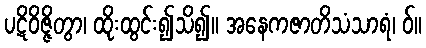
ပဋိဝိဇ္ဇိတွာ၊ ထိုးထွင်း၍သိ၍။ အနေကဇာတိသံသာရံ၊ ဝ်။